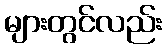
များတွင်လည်း